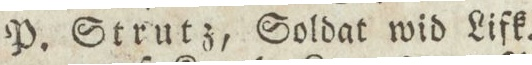
P. Strutz, Soldat wid Lifk.